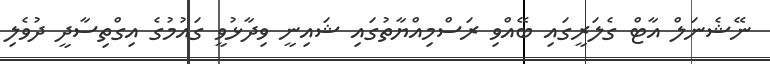
ނޭޝެނަލް އާޓް ގެލަރީގައި ބޭއްވި ރަސްމިއްޔާތުގައި ޝައިނީ ވިދާޅުވީ ގައުމުގެ އިގްތިސާދީ ދުވެލި